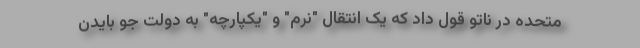
متحده در ناتو قول داد که یک انتقال "نرم" و "یکپارچه" به دولت جو بایدن